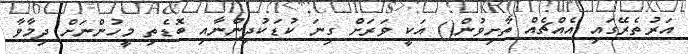
އަރުތެރޭގައި އެއްޗެއް ތާށިވުން() އަކީ ވަރަށް ގިނަ ކުޑަކުދިންނާއި ބޮޑެތި މީހުންނަށް ދިމާވާ